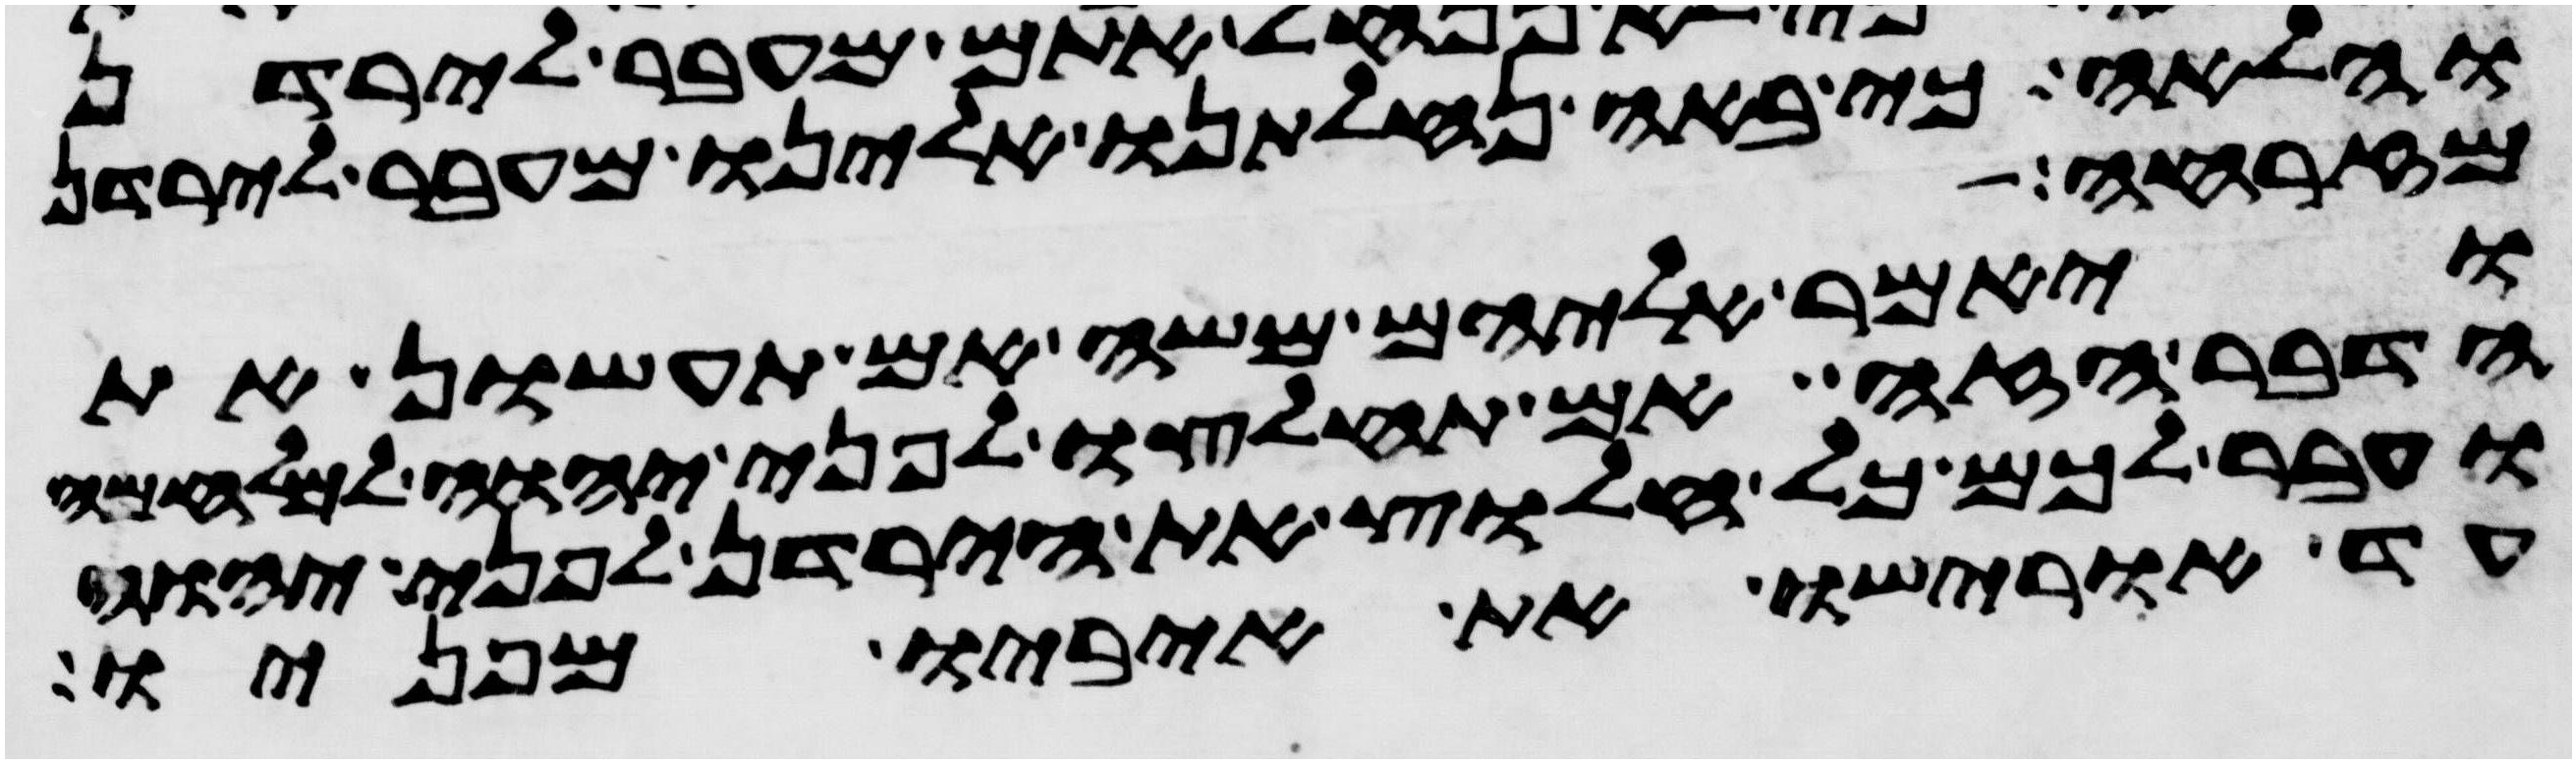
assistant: והלאה כי באה נחלתנו אלינו מעבר לירדן
מזרחה
ויאמר אליהם משה אם תעשון את
הדבר הזה ואם תחלצו לפני יהוה למלחמה
ועבר לכם כל חלוץ את הירדן לפני יהוה
עד אורישו את איביו מפניו